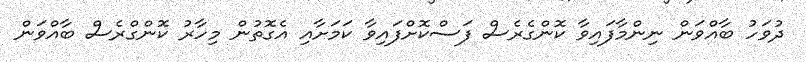
ދުވަހު ބާއްވަން ނިންމާފައިވާ ކޮންގެރެސް ފަސްކޮށްފައިވާ ކަމަށާއި އެގޮތުން މިހާރު ކޮންގްރެސް ބާއްވަން